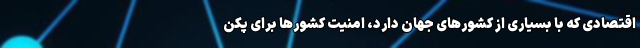
اقتصادی که با بسیاری از کشور‌های جهان دارد، امنیت کشور‌ها برای پکن